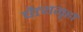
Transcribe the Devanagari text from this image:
चैत्यगृहों